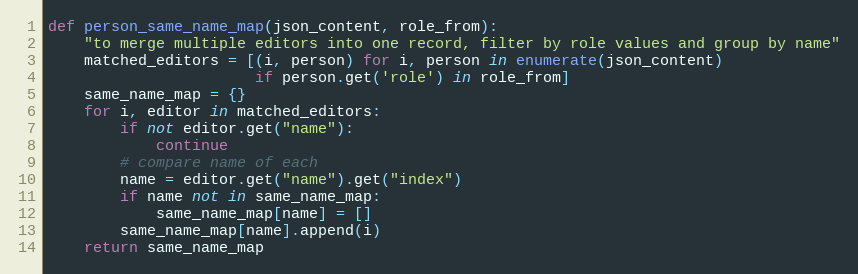
Language: Python
def person_same_name_map(json_content, role_from):
    "to merge multiple editors into one record, filter by role values and group by name"
    matched_editors = [(i, person) for i, person in enumerate(json_content)
                       if person.get('role') in role_from]
    same_name_map = {}
    for i, editor in matched_editors:
        if not editor.get("name"):
            continue
        # compare name of each
        name = editor.get("name").get("index")
        if name not in same_name_map:
            same_name_map[name] = []
        same_name_map[name].append(i)
    return same_name_map